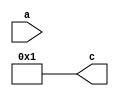
module test(a, c);
    input wire a;
    output wire [3:0] c;
    assign c = 4'b0001;

endmodule